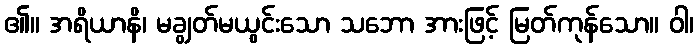
၏။ အရိယာနိ၊ မချွတ်မယွင်းသော သဘော အားဖြင့် မြတ်ကုန်သော။ ဝါ၊